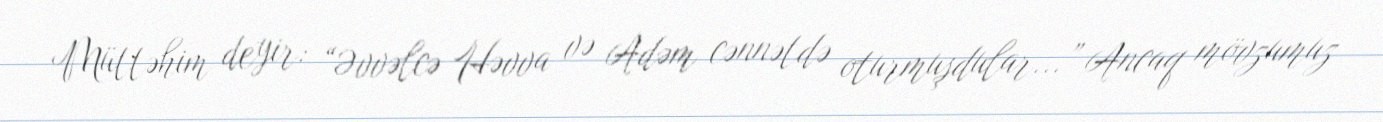
Müttəhim deyir: “Əvvəlcə Həvva və Adəm cənnətdə oturmuşdular...” Ancaq mövzumuz